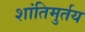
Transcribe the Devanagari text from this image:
शांतिमुर्तय